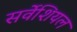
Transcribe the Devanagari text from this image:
सर्वेशियल